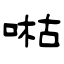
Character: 喖